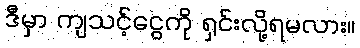
ဒီမှာ ကျသင့်ငွေကို ရှင်းလို့ရမလား။